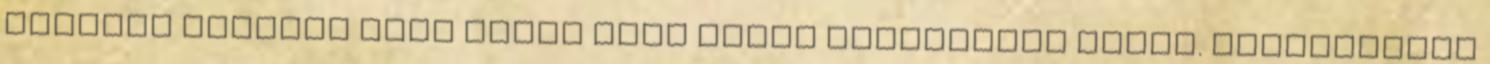
oldalát ennyire mert azzal csak ilyen ingerültté teszi. Kimoderálom